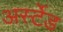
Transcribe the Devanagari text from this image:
अर्स्टेड